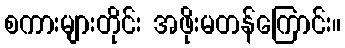
စကားများတိုင်း အဖိုးမတန်ကြောင်း။